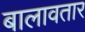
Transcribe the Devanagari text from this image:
बालावतार